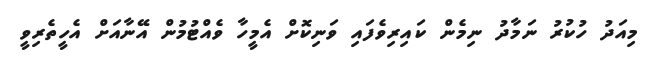
މިއަދު ހުކުރު ނަމާދު ނިމެން ކައިރިވެފައި ވަނިކޮށް އެމީހާ ވެއްޓުމުން އޭނާއަށް އެހީތެރިވީ